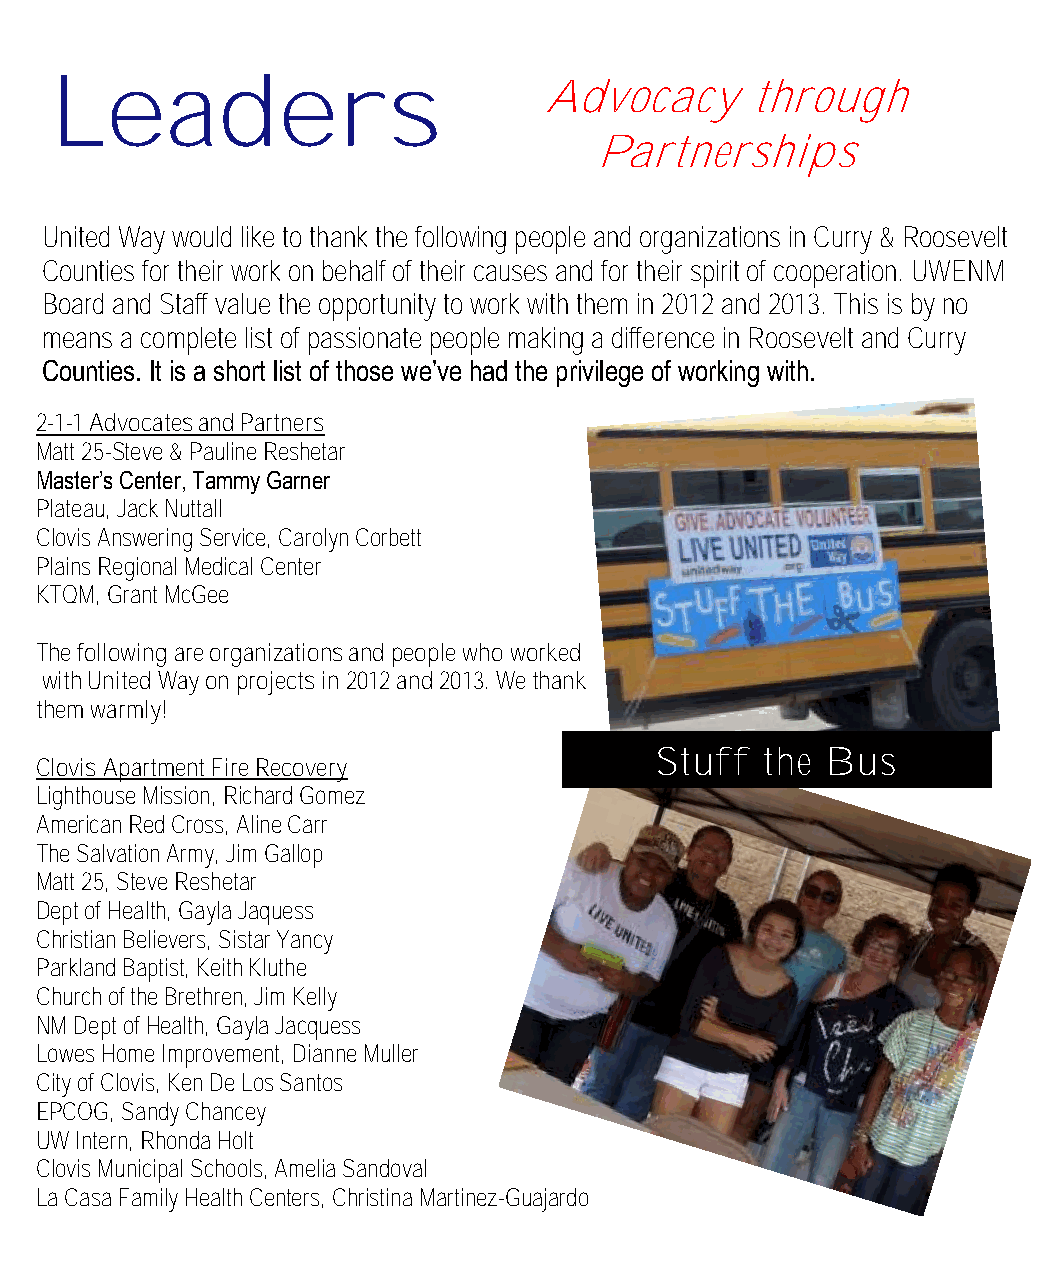
Leaders
 Advocacy      through
 Partnerships
 United Way would like to thank the following people and organizations in Curry & Roosevelt
 Counties for their work on behalf of their causes and for their spirit of cooperation. UWENM
 Board and Staff value the opportunity to work with them in 2012 and 2013. This is by no
 means a complete list of passionate people making a difference in Roosevelt and Curry
 Counties. It is a short list of those we’ve had the privilege of working with.
 2-1-1 Advocates and Partners
 Matt 25-Steve & Pauline Reshetar
 Master’s Center, Tammy Garner
 Plateau, Jack Nuttall
 Clovis Answering Service, Carolyn Corbett
 Plains Regional Medical Center
 KTQM, Grant McGee
 The following are organizations and people who worked
 with United Way on projects in 2012 and 2013. We thank
 them warmly!
 Stuff   the Bus
 Clovis Apartment Fire Recovery
 Lighthouse Mission, Richard Gomez
 American Red Cross, Aline Carr
 The Salvation Army, Jim Gallop
 Matt 25, Steve Reshetar
 Dept of Health, Gayla Jaquess
 Christian Believers, Sistar Yancy
 Parkland Baptist, Keith Kluthe
 Church of the Brethren, Jim Kelly
 NM Dept of Health, Gayla Jacquess
 Lowes Home Improvement, Dianne Muller
 City of Clovis, Ken De Los Santos
 EPCOG, Sandy Chancey
 UW Intern, Rhonda Holt
 Clovis Municipal Schools, Amelia Sandoval
 La Casa Family Health Centers, Christina Martinez-Guajardo